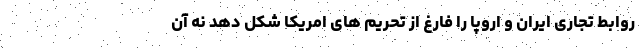
روابط تجاری ایران و اروپا را فارغ از تحریم های امریکا شکل دهد نه آن